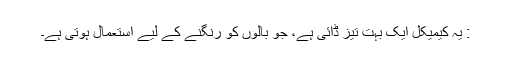
: یہ کیمیکل ایک بہت تیز ڈائی ہے، جو بالوں کو رنگنے کے لیے استعمال ہوتی ہے۔